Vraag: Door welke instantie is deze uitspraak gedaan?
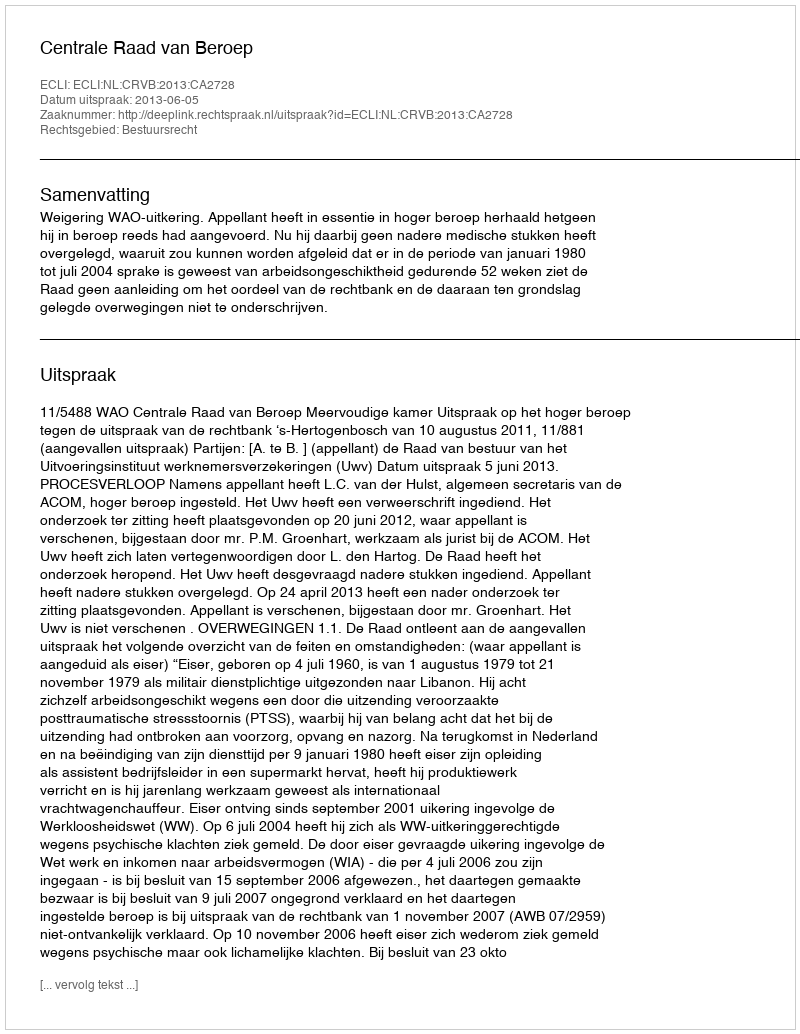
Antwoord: Centrale Raad van Beroep